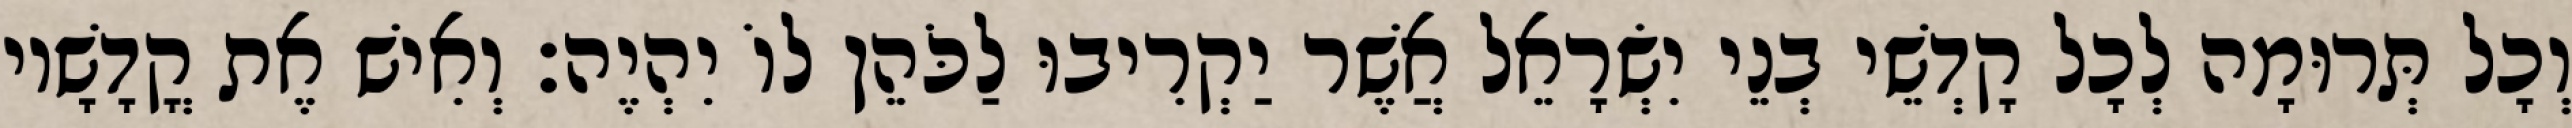
וְכָל תְּרוּמָה לְכָל קָדְשֵׁי בְנֵי יִשְׂרָאֵל אֲשֶׁר יַקְרִיבוּ לַכֹּהֵן לוֹ יִהְיֶה׃ וְאִישׁ אֶת קֳדָשָׁיו